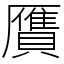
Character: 贋